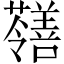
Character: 𡅐